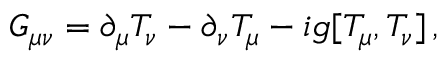
G _ { \mu \nu } = \partial _ { \mu } T _ { \nu } - \partial _ { \nu } T _ { \mu } - i g [ T _ { \mu } , T _ { \nu } ] \, ,